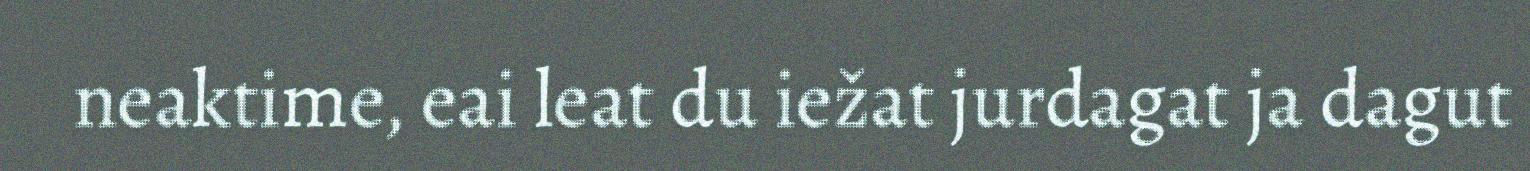
neaktime, eai leat du iežat jurdagat ja dagut